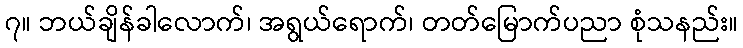
၇။ ဘယ်ချိန်ခါလောက်၊ အရွယ်ရောက်၊ တတ်မြောက်ပညာ စုံသနည်း။